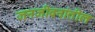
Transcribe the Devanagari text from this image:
जनजीवनांतील